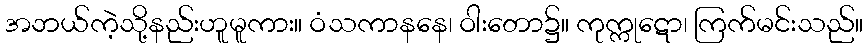
အဘယ်ကဲ့သို့နည်းဟူမူကား။ ဝံသကာနနေ၊ ဝါးတော၌။ ကုက္ကုဋော၊ ကြက်မင်းသည်။